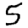
Digit: 5